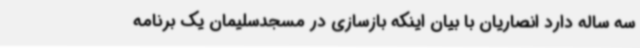
سه ساله دارد انصاریان با بیان اینکه بازسازی در مسجدسلیمان یک برنامه